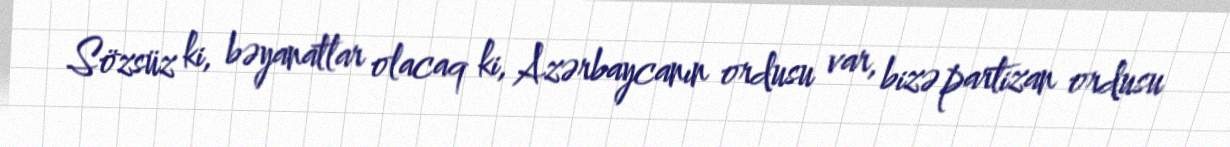
Sözsüz ki, bəyanatlar olacaq ki, Azərbaycanın ordusu var, bizə partizan ordusu